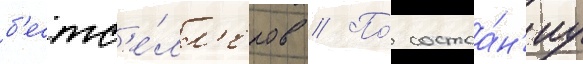
б'естс'е́лл'еров // По́ состоа́н'иу